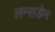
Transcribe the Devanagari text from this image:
लम्सडेन